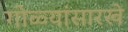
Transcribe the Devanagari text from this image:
गोळ्यांसारखे